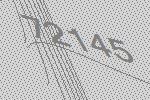
72145